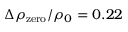
\Delta \rho _ { \mathrm { z e r o } } / \rho _ { 0 } = 0 . 2 2